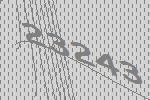
23243